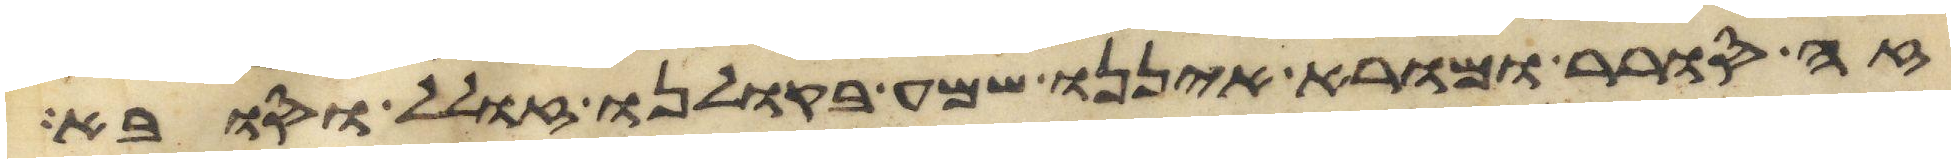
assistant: זה סורר ומורה איננו שמע בקולנו זולל וסובה